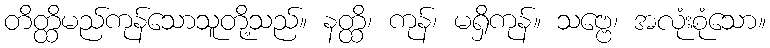
တိတ္ထိမည်ကုန်သောသူတို့သည်။ နတ္ထိ၊ ကုန်၊ မရှိကုန်။ သဗ္ဗေ၊ အလုံးစုံသော။